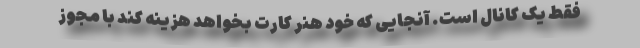
فقط یک کانال است. آنجایی که خود هنر کارت بخواهد هزینه کند با مجوز